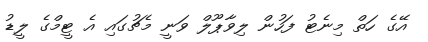
އޭގެ ހަތް މިނެޓު ފަހުން ލިވާޕޫލް ވަނީ މެޗުގައި އެ ޓީމްގެ ލީޑު